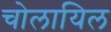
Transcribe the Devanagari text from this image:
चोलायिल